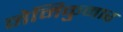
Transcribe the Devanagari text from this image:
नेमिकुमार